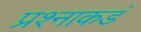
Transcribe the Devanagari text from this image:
प्रश्नाकडं